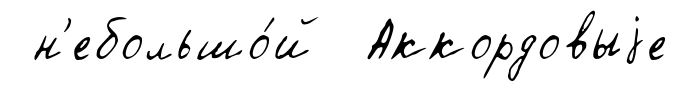
н'ебольшо́й Аккордовыjе